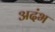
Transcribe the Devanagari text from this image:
अदंभ